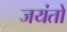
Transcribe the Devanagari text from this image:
जयंतो